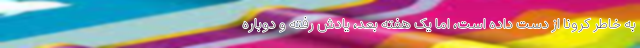
به خاطر کرونا از دست داده است، اما یک هفته بعد، یادش رفته و دوباره